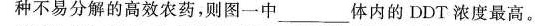
种不易分解的高效农药，则图一中___体内的DDT浓度最高。